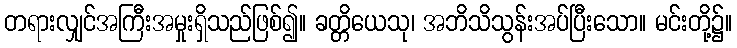
တရားလျှင်အကြီးအမှုးရှိသည်ဖြစ်၍။ ခတ္တိယေသု၊ အဘိသိသွန်းအပ်ပြီးသော။ မင်းတို့၌။